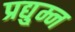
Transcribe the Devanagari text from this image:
प्रद्यु्म्न